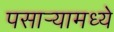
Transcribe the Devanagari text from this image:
पसार्‍यामध्ये